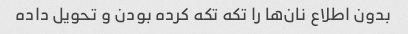
بدون اطلاع نان‌ها را تکه تکه کرده بودن و تحویل داده